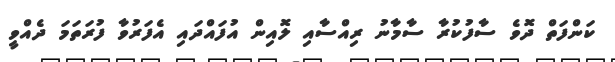
ކަންފަތް ދޮވެ ސާފުކުރާ ސާމާނު ރިއްސާއި ލޮއިން އުފައްދައި އެފަރުވާ ފުރަތަމަ ދެއްވީ